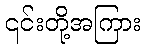
၎င်းတို့အကြား